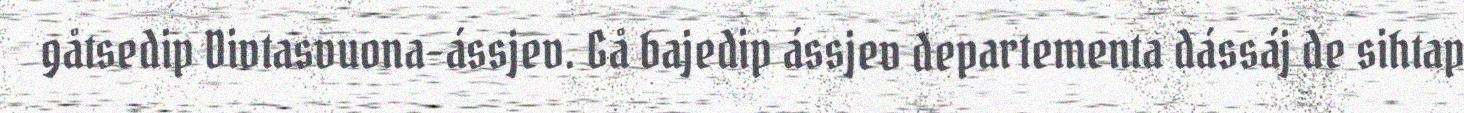
gåtsedip Divtasvuona-ássjev. Gå bajedip ássjev departementa dássáj de sihtap